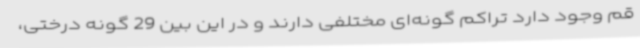
قم وجود دارد تراکم گونه‌ای مختلفی دارند و در این بین 29 گونه درختی،